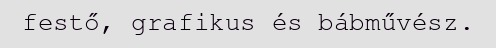
festő, grafikus és bábművész.